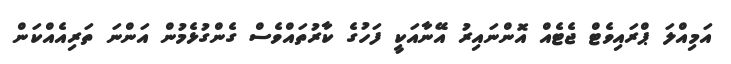
އަމިއްލަ ޕްރައިވެޓް ޖެޓެއް އޮންނައިރު އޭނާއަކީ ފަހުގެ ކާރުތައްވެސް ގެންގުޅެމުން އަންނަ ތަރިއެއްކަން